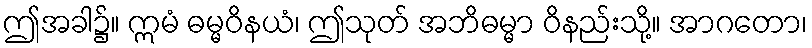
ဤအခါ၌။ ဣမံ ဓမ္မဝိနယံ၊ ဤသုတ် အဘိဓမ္မာ ဝိနည်းသို့။ အာဂတော၊